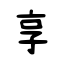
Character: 享